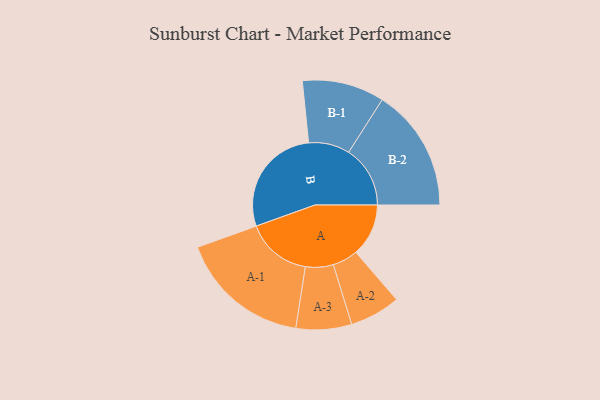
{"axis": {"x": "Segment", "y": "Value"}, "legend": ["", "A", "B"], "data": [{"x": "A", "y": 214, "type": ""}, {"x": "B", "y": 452, "type": ""}, {"x": "A-1", "y": 267, "type": "A"}, {"x": "A-2", "y": 103, "type": "A"}, {"x": "A-3", "y": 113, "type": "A"}, {"x": "B-1", "y": 167, "type": "B"}, {"x": "B-2", "y": 250, "type": "B"}]}